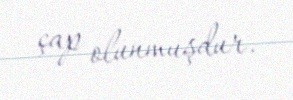
çap olunmuşdur.